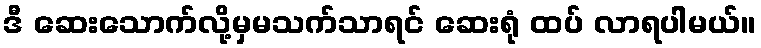
ဒီ ဆေးသောက်လို့မှမသက်သာရင် ဆေးရုံ ထပ် လာရပါမယ်။